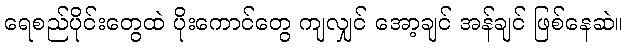
ရေစည်ပိုင်းတွေထဲ ပိုးကောင်တွေ ကျလျှင် အော့ချင် အန်ချင် ဖြစ်နေဆဲ။